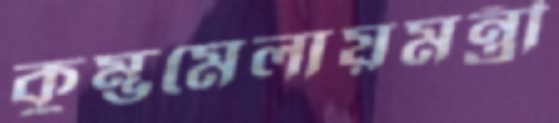
কুম্ভমেলায়মন্ত্রী